Insane asylums Bombay 1873-77 - 1873-1877
Year: 1873
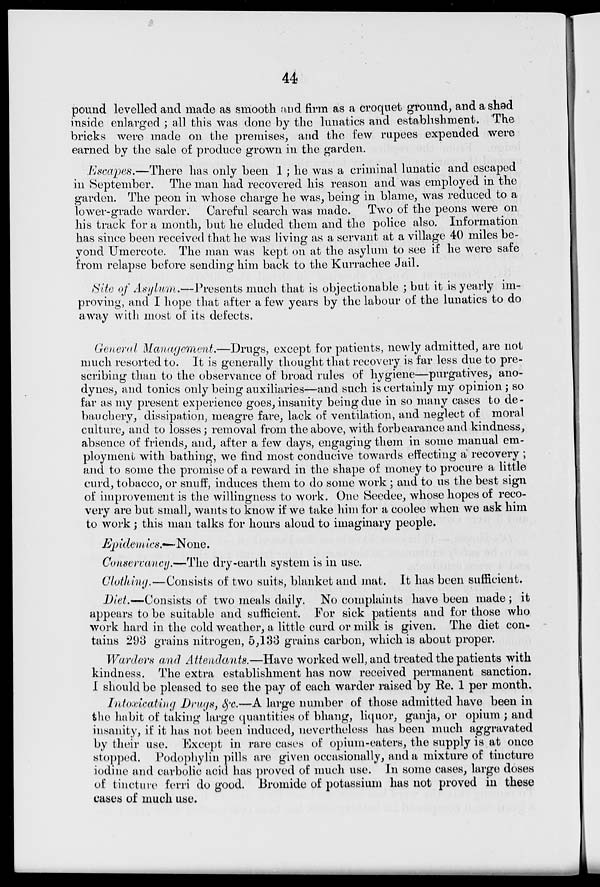
44
pound levelled and made as smooth and firm as a croquet ground, and a shed
inside enlarged; all this was done by the lunatics and establishment. The
bricks were made on the premises, and the few rupees expended were
earned by the sale of produce grown in the garden.
Escapes.—There has only been 1; he was a criminal lunatic and escaped
in September. The man had recovered his reason and was employed in the
garden. The peon in whose charge he was, being in blame, was reduced to a
lower-grade warder. Careful search was made. Two of the peons were on
his track for a month, but he eluded them and the police also. Information
has since been received that he was living as a servant at a village 40 miles be-
yond Umercote. The man was kept on at the asylum to see if he were safe
from relapse before sending him back to the Kurrachee Jail.
Site of Asylum.—Presents
much that is objectionable; but it is yearly im-
proving, and I hope that after a few years by the labour of the lunatics to do
away with most of its defects.
General Management.—Drugs, except for patients, newly admitted, are not
much resorted to. It is generally thought that recovery is far less due to pre-
scribing than to the observance of broad rules of hygiene—purgatives, ano-
dynes, and tonics only being auxiliaries—and such is certainly my opinion; so
far as my present experience goes, insanity being due in so many cases to de-
bauchery, dissipation, meagre fare, lack of ventilation, and neglect of moral
culture, and to losses; removal from the above, with forbearance and kindness,
absence of friends, and, after a few days, engaging them in some manual em-
ployment with bathing, we find most conducive towards effecting a recovery;
and to some the promise of a reward in the shape of money to procure a little
curd, tobacco, or snuff, induces them to do some work ; and to us the best sign
of improvement is the willingness to work. One Seedee, whose hopes of reco-
very are but small, wants to know if we take him for a coolee when we ask him
to work; this man talks for hours aloud to imaginary people.
Epidemics.—None.
Conservancy.—The dry-earth system is in use.
Clothing.—Consists of two suits, blanket and mat. It has been sufficient.
Diet.—Consists of two meals daily. No complaints have been made ; it
appears to be suitable and sufficient. For sick patients and for those who
work hard in the cold weather, a little curd or milk is given. The diet con-
tains 293 grains nitrogen, 5,133 grains carbon, which is about proper.
Warders and Attendants.—Have worked well, and treated the patients with
kindness. The extra establishment has now received permanent sanction.
I should be pleased to see the pay of each warder raised by Re. 1 per month.
Intoxicating Drugs, &c.—A large number of those admitted have been in
the habit of taking large quantities of bhang, liquor, ganja, or opium ; and
insanity, if it has not been induced, nevertheless has been much aggravated
by their use. Except in rare cases of opium-eaters, the supply is at once
stopped. Podophylin pills are given occasionally, and a mixture of tincture
iodine and carbolic acid has proved of much use. In some cases, large doses
of tincture ferri do good. Bromide of potassium has not proved in these
cases of much use.